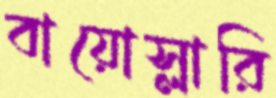
বায়োস্লারি